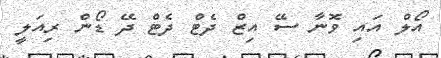
އޯލް އައި ވޮނާ ސޭ އިޒް ދެޓް ދެޓް ދޭ ޑޯން ރިއަލީ